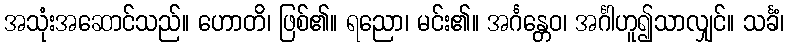
အသုံးအဆောင်သည်။ ဟောတိ၊ ဖြစ်၏။ ရညော၊ မင်း၏။ အင်္ဂန္တေဝ၊ အင်္ဂါဟူ၍သာလျှင်။ သင်္ခံ၊